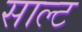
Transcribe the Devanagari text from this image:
साल्‍ट